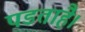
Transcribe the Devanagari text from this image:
पडताहै।